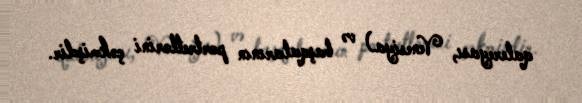
qalereyası, Venesiya) və başqalarının portretlərini çəkmişdir.